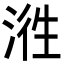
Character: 𭰵